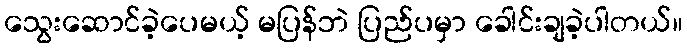
သွေးဆောင်ခဲ့ပေမယ့် မပြန်ဘဲ ပြည်ပမှာ ခေါင်းချခဲ့ပါတယ်။